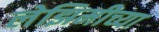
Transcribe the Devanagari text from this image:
लेझिमीच्या